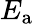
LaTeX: E_{\mathrm{{a}}}